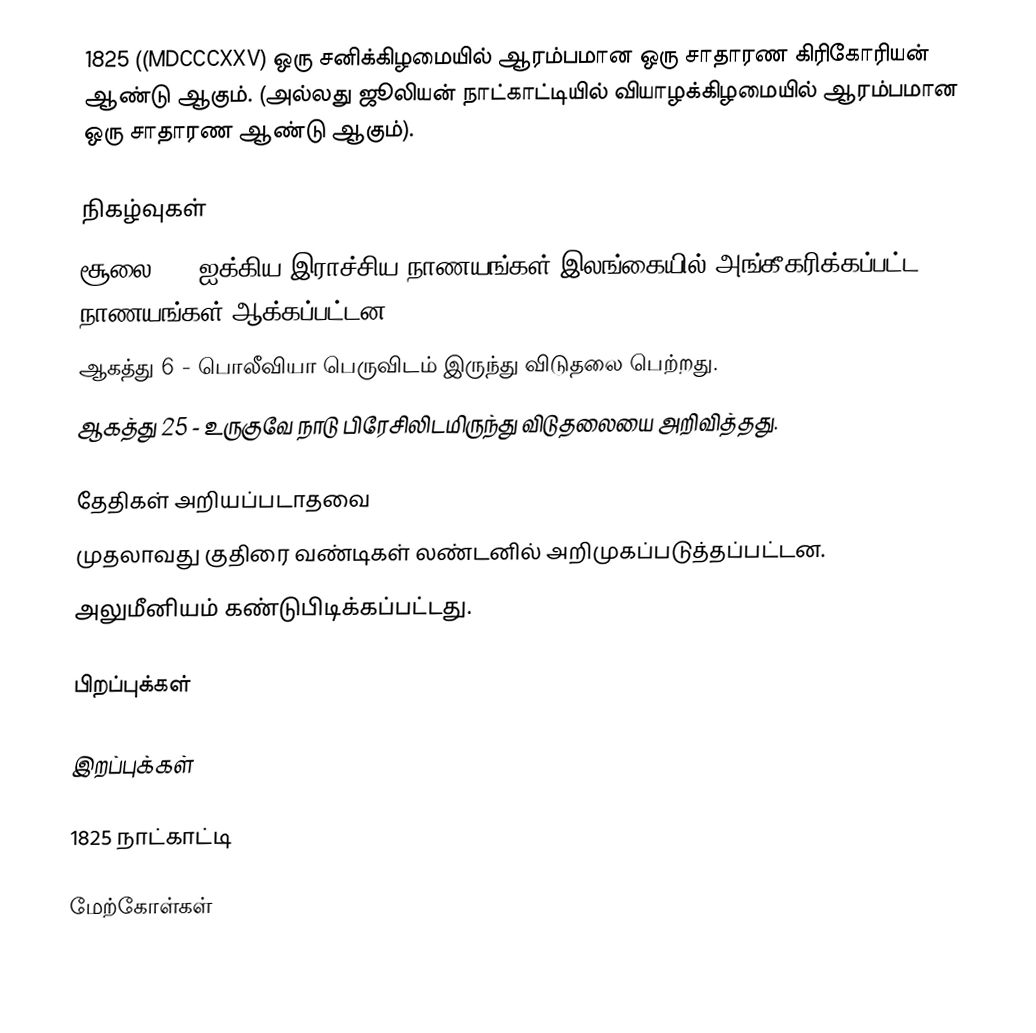
1825  ((MDCCCXXV) ஒரு சனிக்கிழமையில் ஆரம்பமான ஒரு சாதாரண கிரிகோரியன் ஆண்டு ஆகும். (அல்லது ஜூலியன் நாட்காட்டியில் வியாழக்கிழமையில் ஆரம்பமான ஒரு சாதாரண ஆண்டு ஆகும்).

நிகழ்வுகள்
 சூலை 1 - ஐக்கிய இராச்சிய நாணயங்கள் இலங்கையில் அங்கீகரிக்கப்பட்ட நாணயங்கள் ஆக்கப்பட்டன.
 ஆகத்து 6 - பொலீவியா பெருவிடம் இருந்து விடுதலை பெற்றது.
 ஆகத்து 25 - உருகுவே நாடு பிரேசிலிடமிருந்து விடுதலையை அறிவித்தது.

தேதிகள் அறியப்படாதவை
 முதலாவது குதிரை வண்டிகள் லண்டனில் அறிமுகப்படுத்தப்பட்டன.
 அலுமீனியம் கண்டுபிடிக்கப்பட்டது.

பிறப்புக்கள்

இறப்புக்கள்

1825 நாட்காட்டி

மேற்கோள்கள்